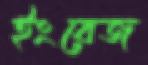
ইংরেজ